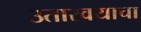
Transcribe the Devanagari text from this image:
उतारवयाचा